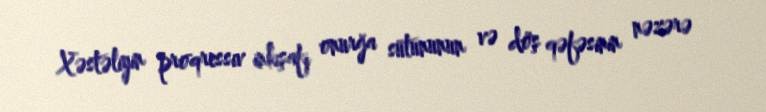
Xəstəliyin proqressiv inkişafı onurğa sütununun və döş qəfəsinin nəzərə